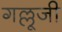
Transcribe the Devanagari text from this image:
गल्लूजी